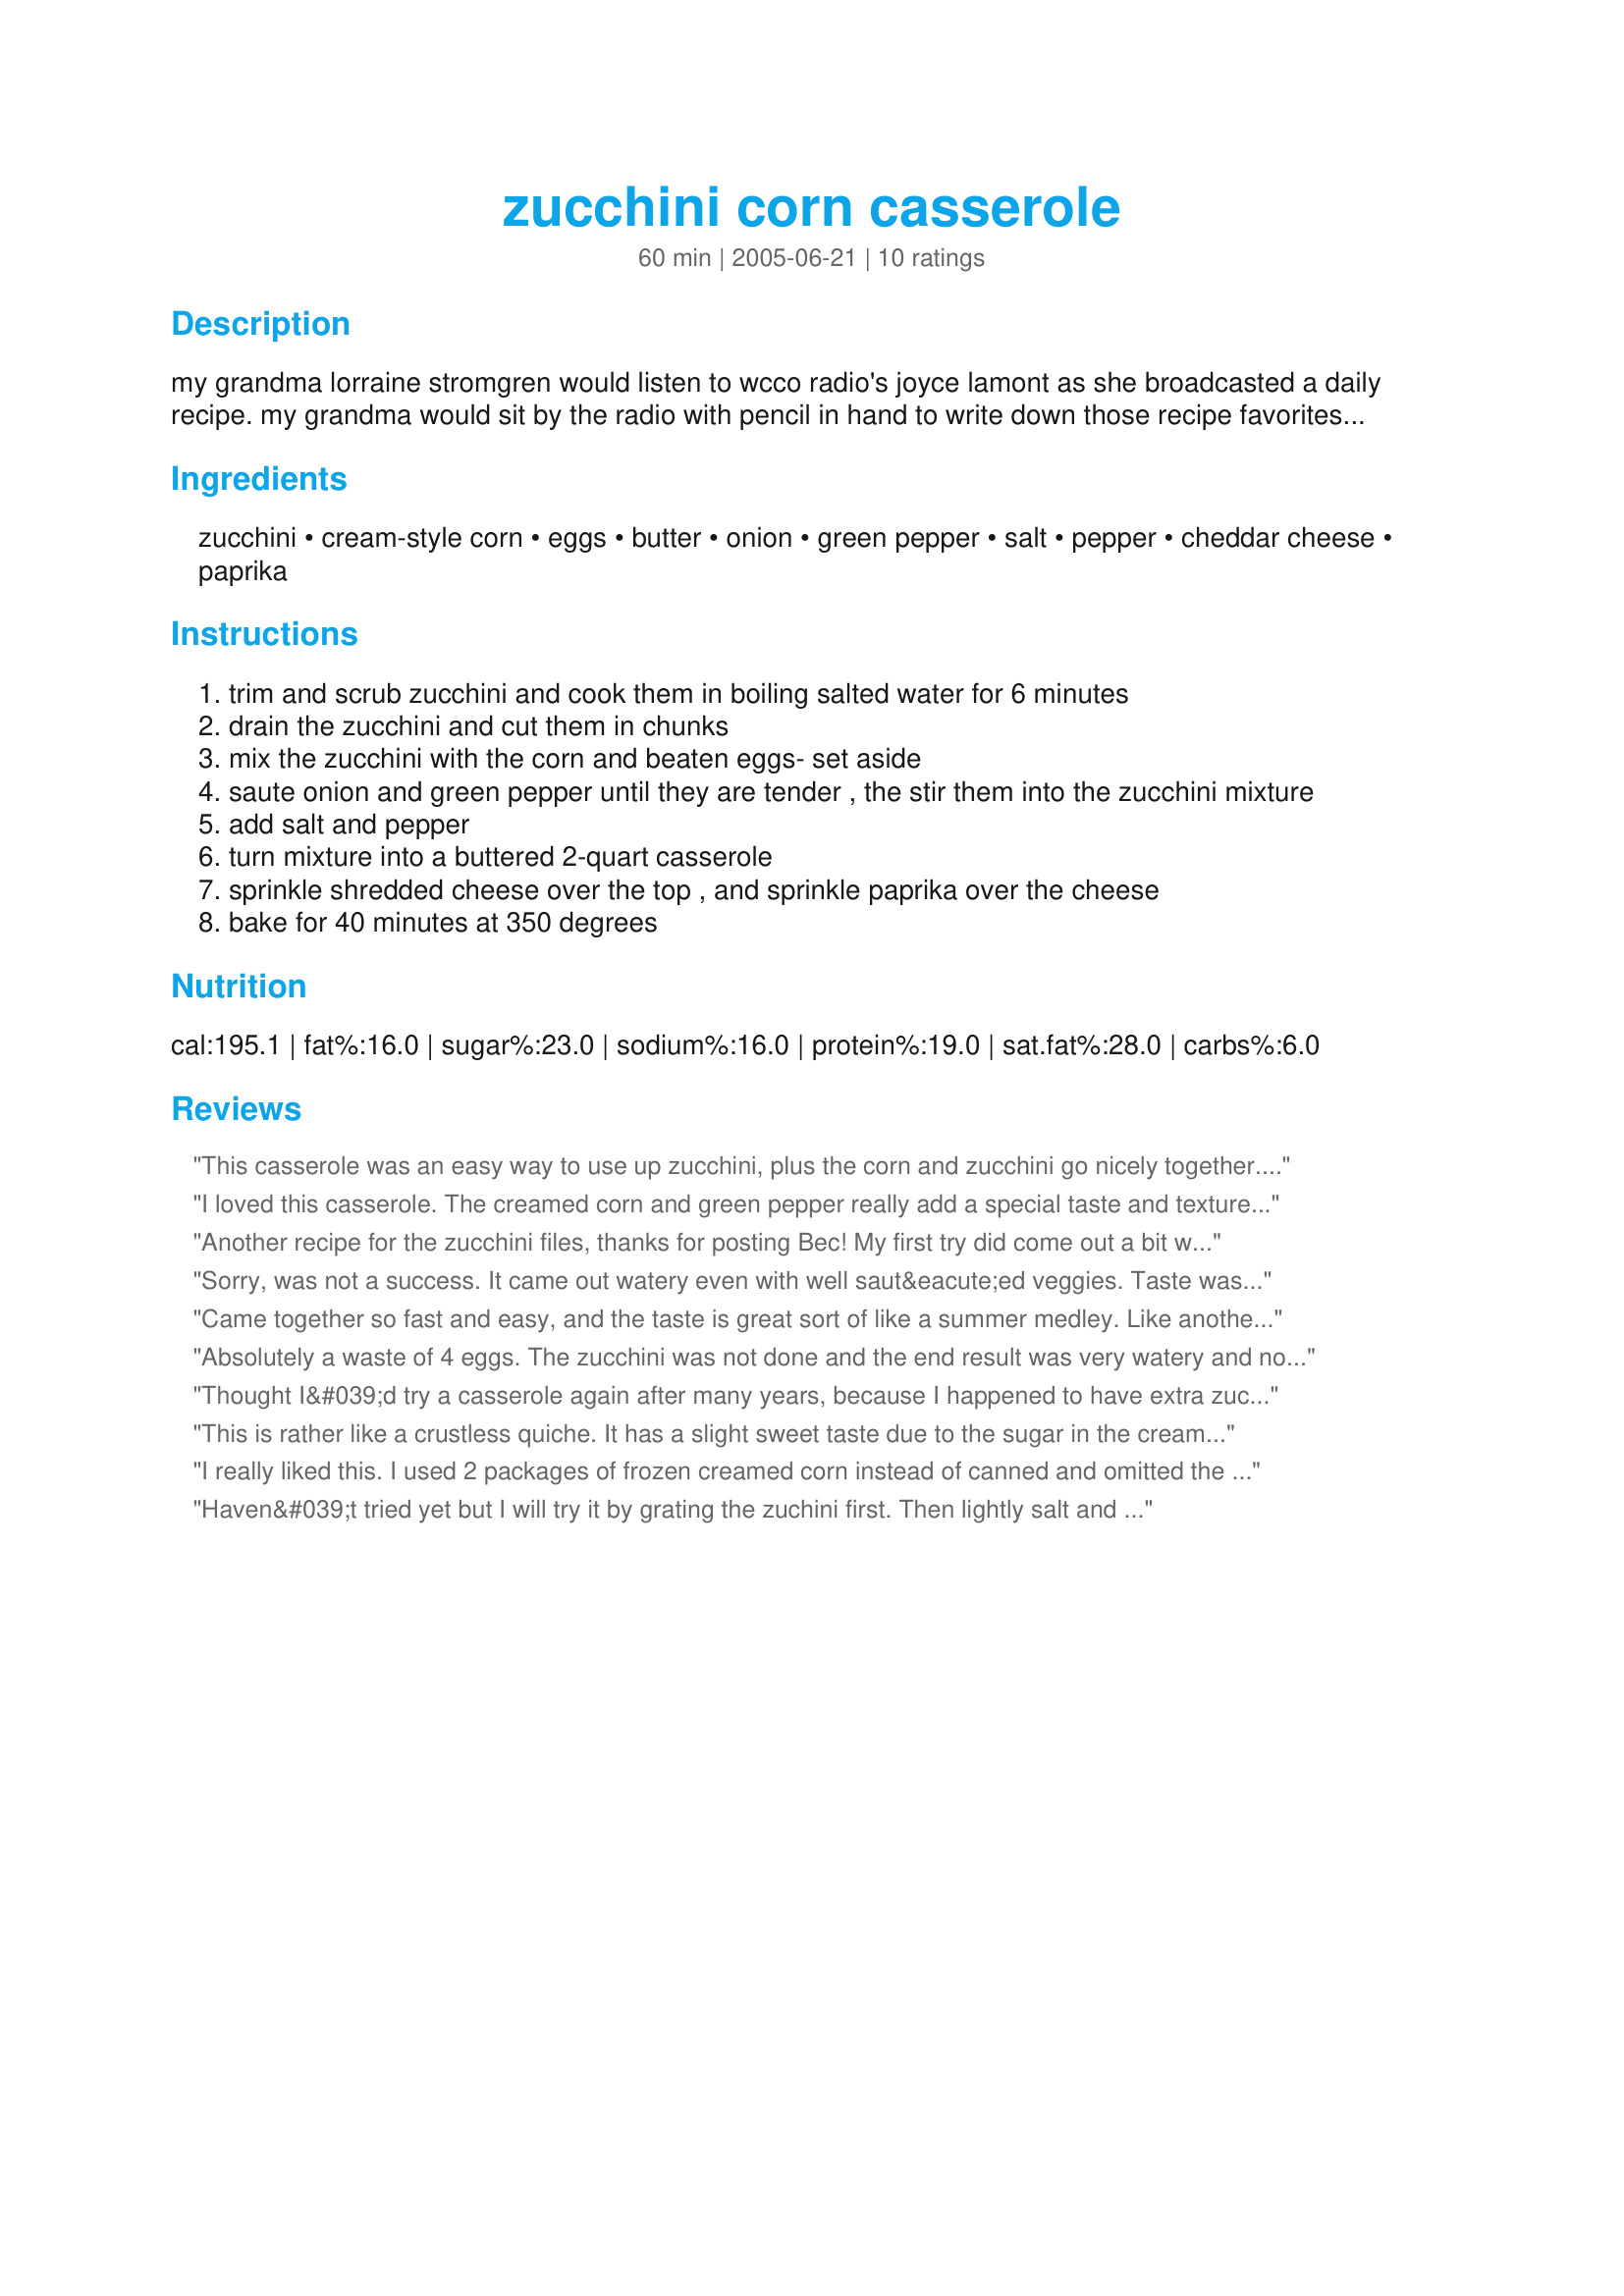
zucchini corn casserole
Preparation time: 60 minutes

my grandma lorraine stromgren would listen to wcco radio's joyce lamont as she broadcasted a daily recipe. my grandma would sit by the radio with pencil in hand to write down those recipe favorites! a cookbook was published in 1979 after 10 years of recipes being broadcasted. of over 2,000 recipes that had been broadcasted, the cookbook has the recipes that were the listeners' favorites.

Ingredients:
zucchini, cream-style corn, eggs, butter, onion, green pepper, salt, pepper, cheddar cheese, paprika

Steps:
trim and scrub zucchini and cook them in boiling salted water for 6 minutes
drain the zucchini and cut them in chunks
mix the zucchini with the corn and beaten eggs- set aside
saute onion and green pepper until they are tender , the stir them into the zucchini mixture
add salt and pepper
turn mixture into a buttered 2-quart casserole
sprinkle shredded cheese over the top , and sprinkle paprika over the cheese
bake for 40 minutes at 350 degrees

Reviews:
This casserole was an easy way to use up zucchini, plus the corn and zucchini go nicely together. I did think it tasted a bit bland even aftering adding about 1 Tbsp of fresh basil. I omitted the green pepper (husband's not a fan), so perhaps that was the source of extra flavor we missed out on? Thanks for posting!
I loved this casserole. The creamed corn and green pepper really add a special taste and texture that other zucchini casseroles lack. I streamlined the prep by cooking the zucchini (green and yellow) in the same skillet as thje onions and green pepper. I threw a little cheese right into the mixture in addition to the cheese on the top. I'll use this recipe again. Thanx!
Another recipe for the zucchini files, thanks for posting Bec! My first try did come out a bit watery due to under-blanching of the zucchini on my part. I think next time I will try Parsley's method of sauteeing up the zucchini with the onion and pepper to release the water this way before baking. Which has the benefit of saving you a step as well. Love the story of your grandma listening by the radio too!
Sorry, was not a success. It came out watery even with well saut&eacute;ed veggies. Taste wasn&#039;t great either. It was a little sweet and not in a good way. Not much of a corn fan here. Guess I like my summer veg to be simpler.
Came together so fast and easy, and the taste is great sort of like a summer medley. Like another reviewer mine looked way to watery when I went to put in the casserole so just drained the liquid out, poured in the casserole and topped w/cheese. End result was great. I&#039;ll be saving this one for sure
Absolutely a waste of 4 eggs. The zucchini was not done and the end result was very watery and not worth saving for another meal. Very disappointed!
Thought I&#039;d try a casserole again after many years, because I happened to have extra zucchini and eggs available. Nobody liked it. Will not repeat this mistake.
This is rather like a crustless quiche. It has a slight sweet taste due to the sugar in the cream style corn. I enjoyed it, but my family, that is less favoring of eggs, did not. Mine was a little watery, but the saut&eacute;ing of the zucchini with the onion and bell pepper would definitely cut down on moisture.
I really liked this. I used 2 packages of frozen creamed corn instead of canned and omitted the green pepper (no one will eat it at my house). Very quick and easy to do....thanks for a great way to use up that zucchini!
Haven&#039;t tried yet but I will try it by grating the zuchini first. Then lightly salt and allow it to drain in a mesh colander over the sink. Before adding to the corn, I will give it a squeeze.
